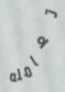
تعامله